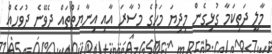
މާލީ ދަތިކަމާ ގުޅިގެން މިދިޔަ މަހުގެ މުސާރަ އާއި އިނާޔަތްތައް ދެވޭނެ ދުވަހެއް